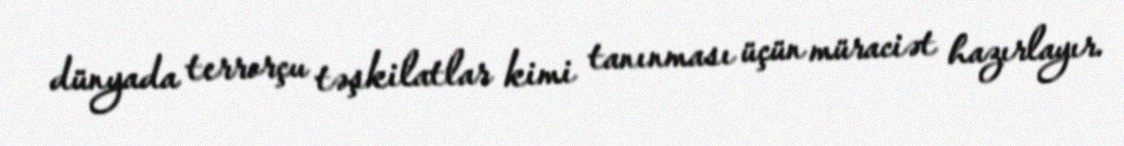
dünyada terrorçu təşkilatlar kimi tanınması üçün müraciət hazırlayır.